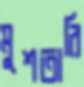
মুশতারি